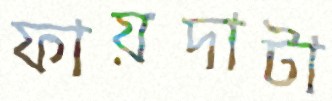
ফায়দাটা